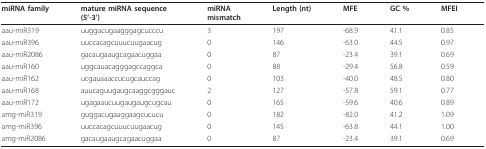
<table><thead><tr><td><b>miRNA family</b></td><td><b>mature miRNA sequence(5&#x27;-3&#x27;)</b></td><td><b>miRNAmismatch</b></td><td><b>Length (nt)</b></td><td><b>MFE</b></td><td><b>GC %</b></td><td><b>MFEI</b></td></tr></thead><tbody><tr><td>aau-miR319</td><td>uuggacugaagggagcucccu</td><td>3</td><td>197</td><td>-68.9</td><td>41.1</td><td>0.85</td></tr><tr><td>aau-miR396</td><td>uuccacagcuuucuugaacug</td><td>0</td><td>146</td><td>-63.0</td><td>44.5</td><td>0.97</td></tr><tr><td>aau-miR2086</td><td>gacaugaaugcagaacuggaa</td><td>0</td><td>87</td><td>-23.4</td><td>39.1</td><td>0.69</td></tr><tr><td>aau-miR160</td><td>uggcauacagggagccaggca</td><td>0</td><td>88</td><td>-29.4</td><td>56.8</td><td>0.59</td></tr><tr><td>aau-miR162</td><td>ucgauaaaccucugcauccag</td><td>0</td><td>103</td><td>-40.0</td><td>48.5</td><td>0.80</td></tr><tr><td>aau-miR168</td><td>auucaguugaugcaaggcgggauc</td><td>2</td><td>127</td><td>-57.8</td><td>59.1</td><td>0.77</td></tr><tr><td>aau-miR172</td><td>ugagaaucuugaugaugcugcau</td><td>0</td><td>165</td><td>-59.6</td><td>40.6</td><td>0.89</td></tr><tr><td>amg-miR319</td><td>guggacugaaggaagcucucu</td><td>0</td><td>182</td><td>-82.0</td><td>41.2</td><td>1.09</td></tr><tr><td>amg-miR396</td><td>uuccacagcuuucuugaacug</td><td>0</td><td>145</td><td>-63.8</td><td>44.1</td><td>1.00</td></tr><tr><td>amg-miR2086</td><td>gacaugaaugcagaacuggaa</td><td>0</td><td>87</td><td>-23.4</td><td>39.1</td><td>0.69</td></tr></tbody></table>